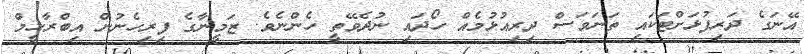
އޭނަގެ ދަރިފުޅަށްޓަކައި ތަނަވަސް ދިރިއުޅުމެއް ހޯދައި ނުދެވޭތީ ހެންނެވެ. ޒަމީނާގެ ފިރިހެނުން އިބްރާހީމް